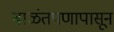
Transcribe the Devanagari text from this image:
बाळंतपणापासून